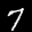
Label: 7